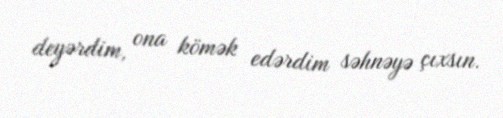
deyərdim, ona kömək edərdim səhnəyə çıxsın.